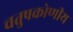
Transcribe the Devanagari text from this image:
चतुषकोणीय